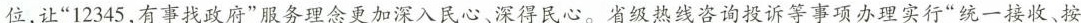
位，让”12345，有事找政府”服务理念更加深入民心、深得民心。省级热线咨询投诉等事项办理实行”统一接收、按